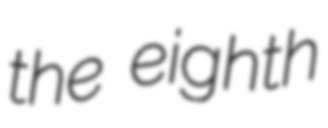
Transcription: the eighth